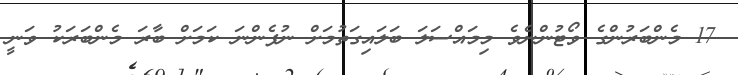
17 މެންބަރުންގެ ވޯޓުންނެވެ މިމައްސަލަ ބަލައިގަތުމަށް ނުފެންނަ ކަމަށް ބާރަ މެންބަރަކު ވަނީ